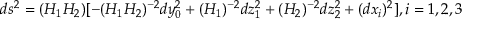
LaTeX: d s ^ { 2 } = ( H _ { 1 } H _ { 2 } ) [ - ( H _ { 1 } H _ { 2 } ) ^ { - 2 } d y _ { 0 } ^ { 2 } + ( H _ { 1 } ) ^ { - 2 } d z _ { 1 } ^ { 2 } + ( H _ { 2 } ) ^ { - 2 } d z _ { 2 } ^ { 2 } + ( d x _ { i } ) ^ { 2 } ] , i = 1 , 2 , 3